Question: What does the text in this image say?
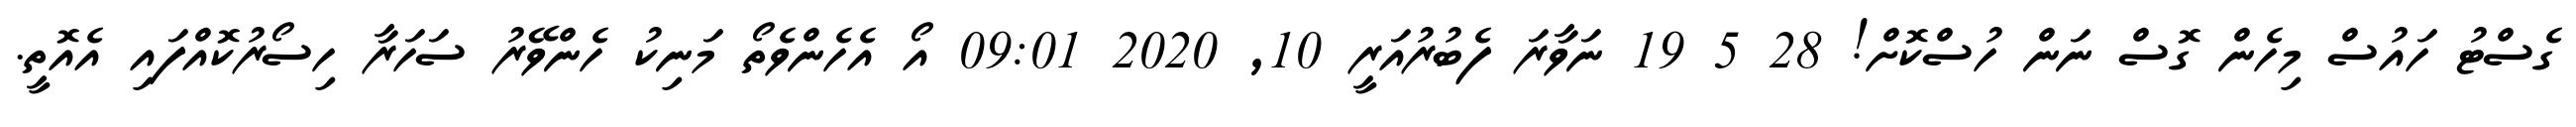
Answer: ގެސްޓު ހައުސް މިހެން ގޮސް ނަން ހުސްކޮށް! 28 5 19 ނަވާރަ ފެބުރުއަރީ 10, 2020 09:01 އޯ އެހެންވެތޯ މަނިކު ހެންވޭރު ސަހަރާ ހިސޯރުކޮއްފައި އެއޮތީ.